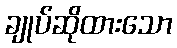
ချုပ်ဆိုထားသော